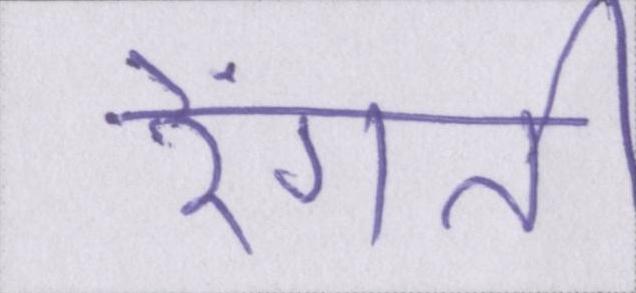
रेंगती